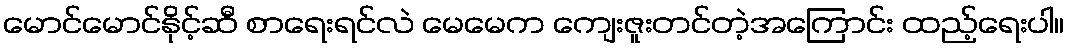
မောင်မောင်နိုင့်ဆီ စာရေးရင်လဲ မေမေက ကျေးဇူးတင်တဲ့အကြောင်း ထည့်ရေးပါ။